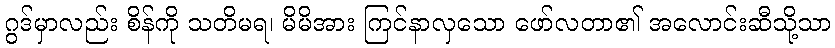
ဂွဒ်မှာလည်း စိန်ကို သတိမရ၊ မိမိအား ကြင်နာလှသော ဖော်လတာ၏ အလောင်းဆီသို့သာ